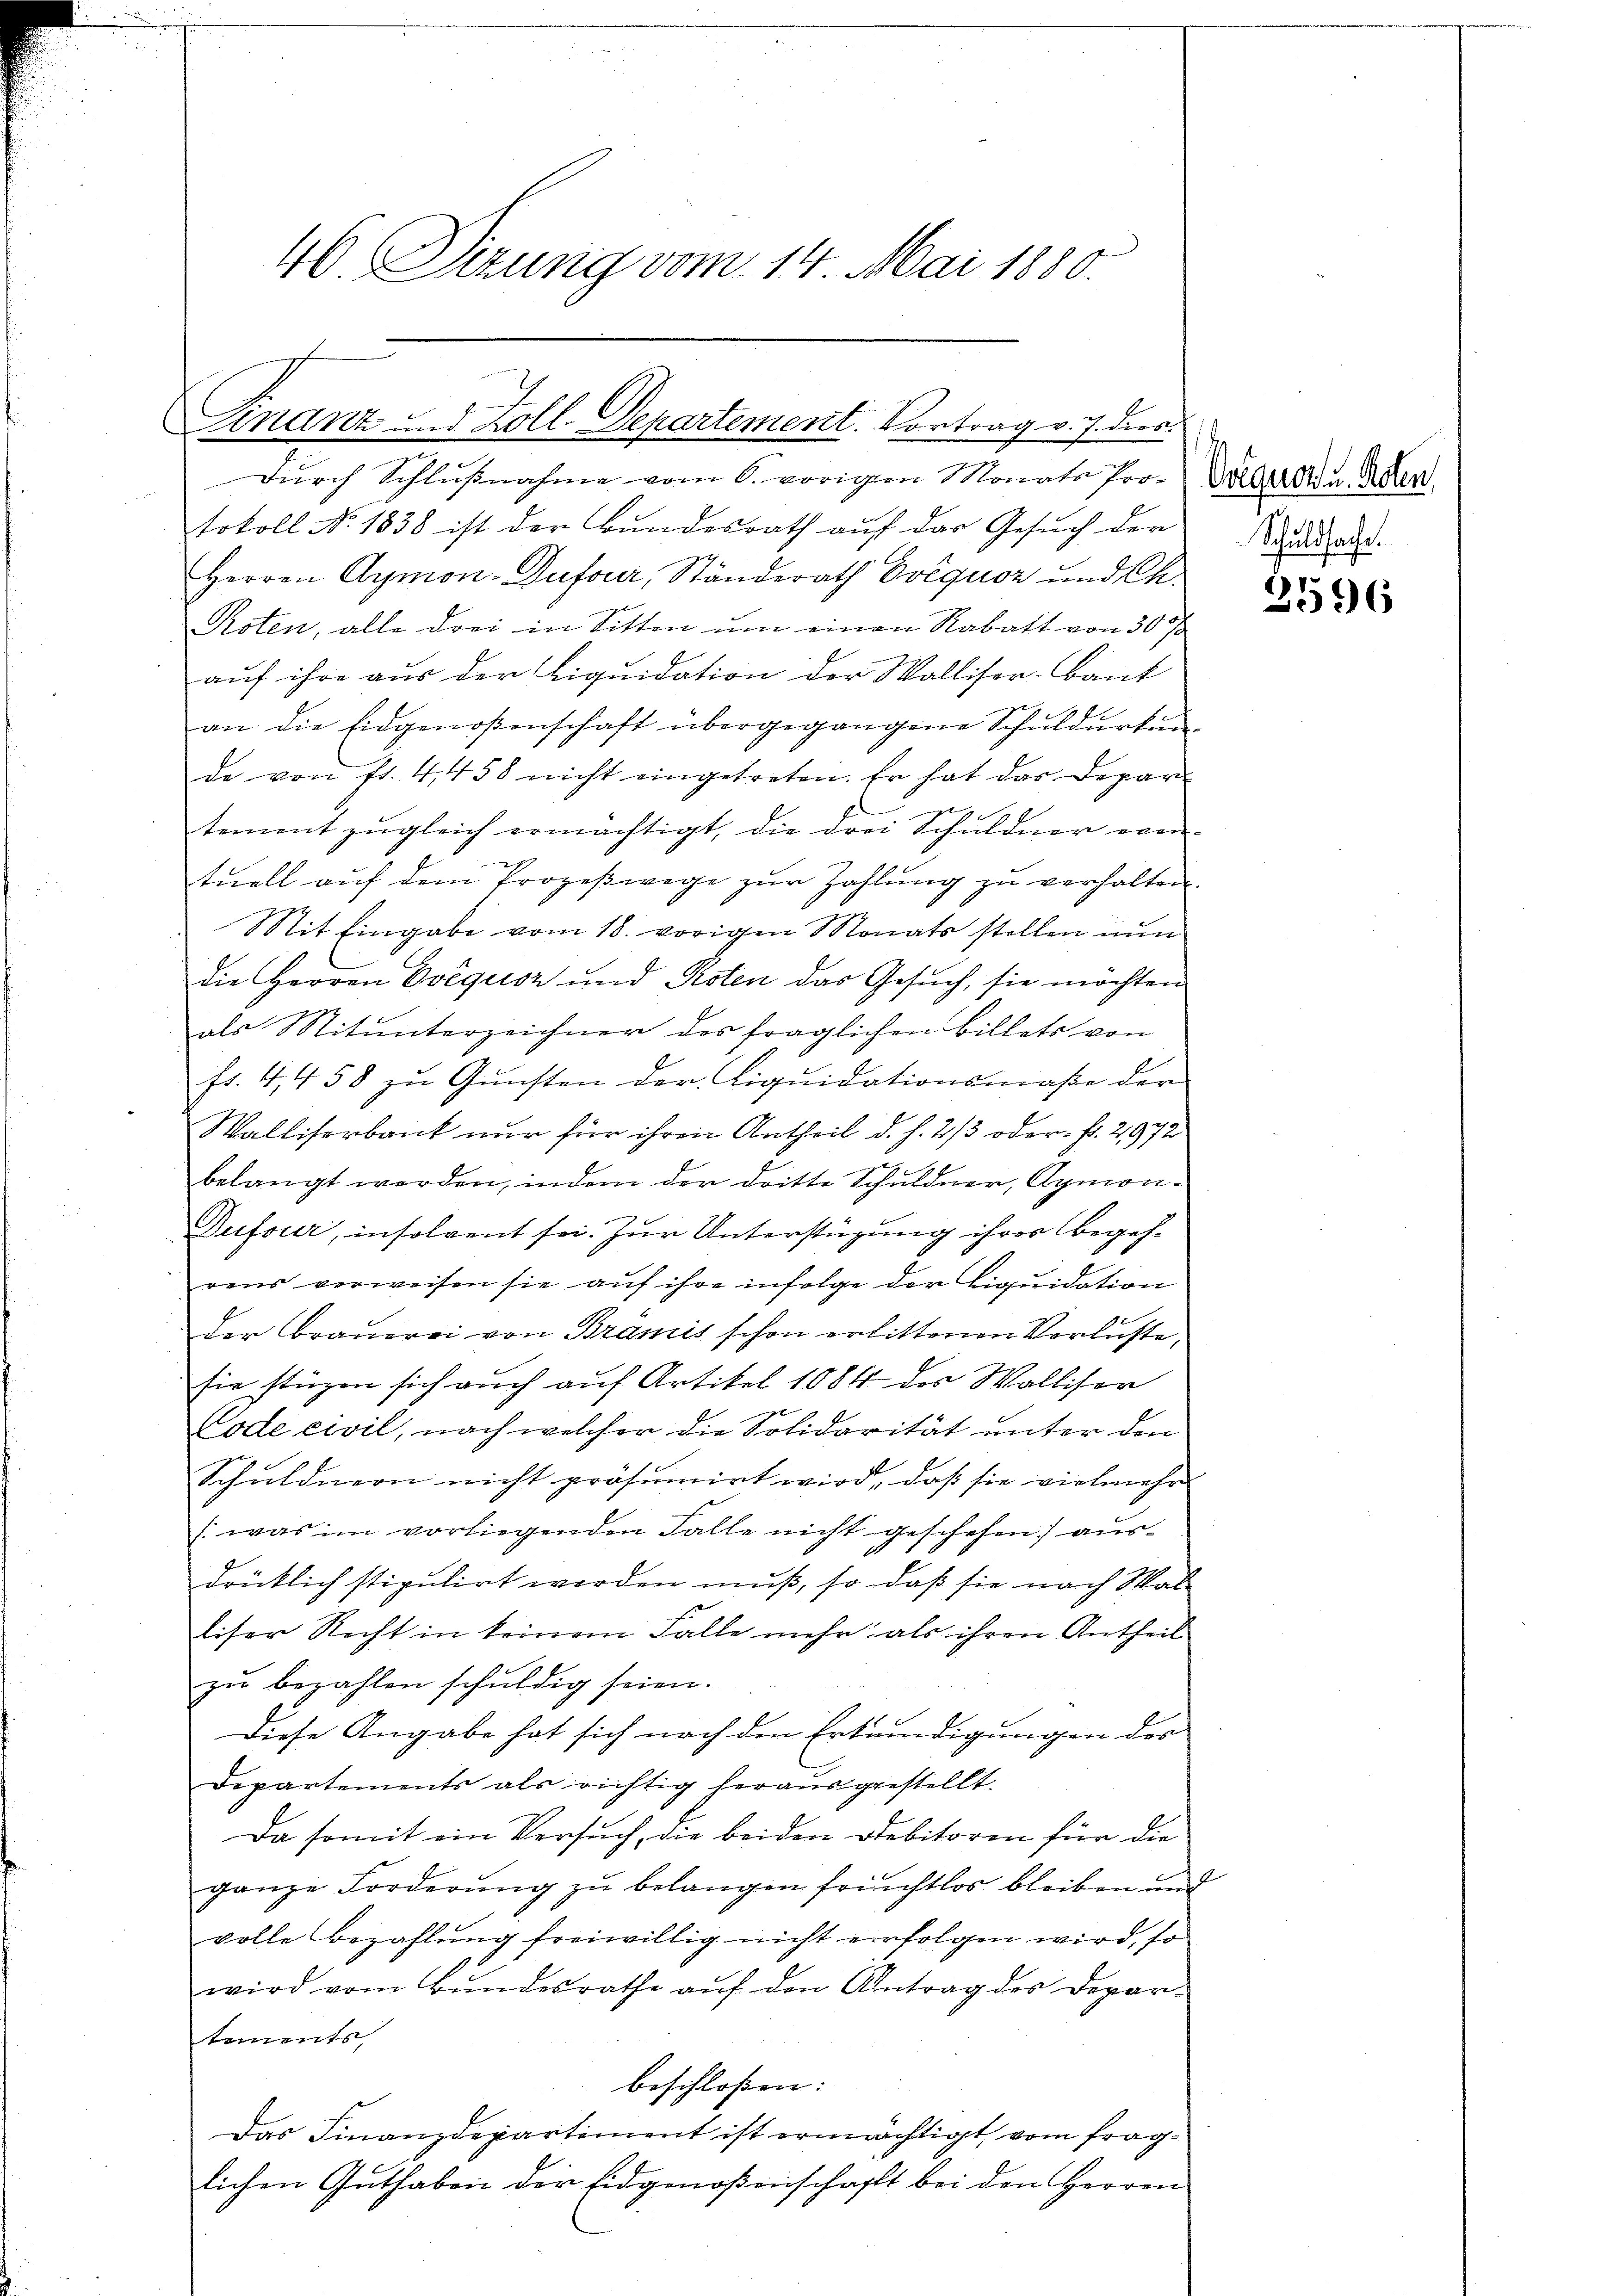
46. Sizung vom 14. Mai 1880.

inanz und Zoll-Departement. Vortrag v. J. dies

Schuldsache.

Durch Schlußnahme vom 6. vorigen Monate Pro- Doldern u. Rent
tokoll No. 1838 ist der Bundesrath auf das Gesuch der
Herren Aymon-Dufour, Ständerath Evéqusz und Ch.
Poten, alle drei in Sitten um einen Rabatt von 300
auf ihre aus der Liquidation der Walliser-Bant
an die Eidgenoßenschaft übergegangene Schuldurkun
de von fl. 4, 458 nicht eingetreten. Er hat das Depar
tement zugleich ermächtigt, die drei Schuldner evenx
tuell auf dem Prozeßwege zur Zahlung zu verhalten.
Mit Eingabe vom 18. vorigen Monats stellen nun
die Herren Evéqusz und Roten das Gesŭch, sie möchten
als Mitunterzeichner des fraglichen Billets von
fs. 4, 458 zu Gunsten der Liquidationsmaße der
Walliserbank nur für ihren Antheil d. h. 2/3 oder fl. 2,972
belangt werden, indem der dritte Schuldner, Aymon¬
Dufour, insolvent sei. Zur Unterstüzung ihres begehrens verweisen sie auf ihre infolge der Liquidation
der Brauerei von Bramis schon erlittenen Verluste,
sie stüzen sich auch auf Artikel 1884 des Walliser
Vode civil, nach welcher die Solidarität unter den
Schuldnern nicht präsumirt wird, daß sie vielmehr
(was im vorliegenden Falle nicht geschehen ausdrüklich stipulirt werden muß, so daß sie nach Walliser Recht in keinem Falle mehr als ihren Antheil
zu bezahlen schuldig seien.
Diese Angabe hat sich nach den Erkundigungen des
Departements als richtig herausgestellt.
Da somit ein Versuch, die beiden Debitoren für die
ganze Forderung zu belangen fruchtlos bleiben und
volle Bezahlung freiwillig nicht erfolgen wird, so
wird vom Bundesrathe auf den Antrag des Depar-
tements,
beschlossen:
Das Finanzdepartement ist ermächtigt vom fraglichen Guthaben der Eidgenoßenschaft bei den Herren

2596